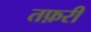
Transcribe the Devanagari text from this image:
तफ़री